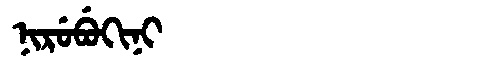
Manchu: ᠨᡳᡵᡠᠪᡠᡴᡳᠨᡳ
Romanization: NIRUBUKINI